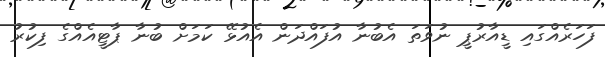
ފަހަރެއްގައި ޑީއާރުޕީ ނުވަތަ އެބުނާ އުފައްދަން އެއުޅޭ ކަމަށް ބުނާ ޕާޓީއެއްގެ ފިކުރު